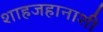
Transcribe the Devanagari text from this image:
शाहजहानाशी